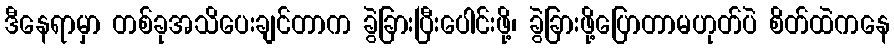
ဒီနေရာမှာ တစ်ခုအသိပေးချင်တာက ခွဲခြားပြီးပေါင်းဖို့၊ ခွဲခြားဖို့ပြောတာမဟုတ်ပဲ စိတ်ထဲကနေ